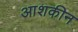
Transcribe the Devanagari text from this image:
आशकीन